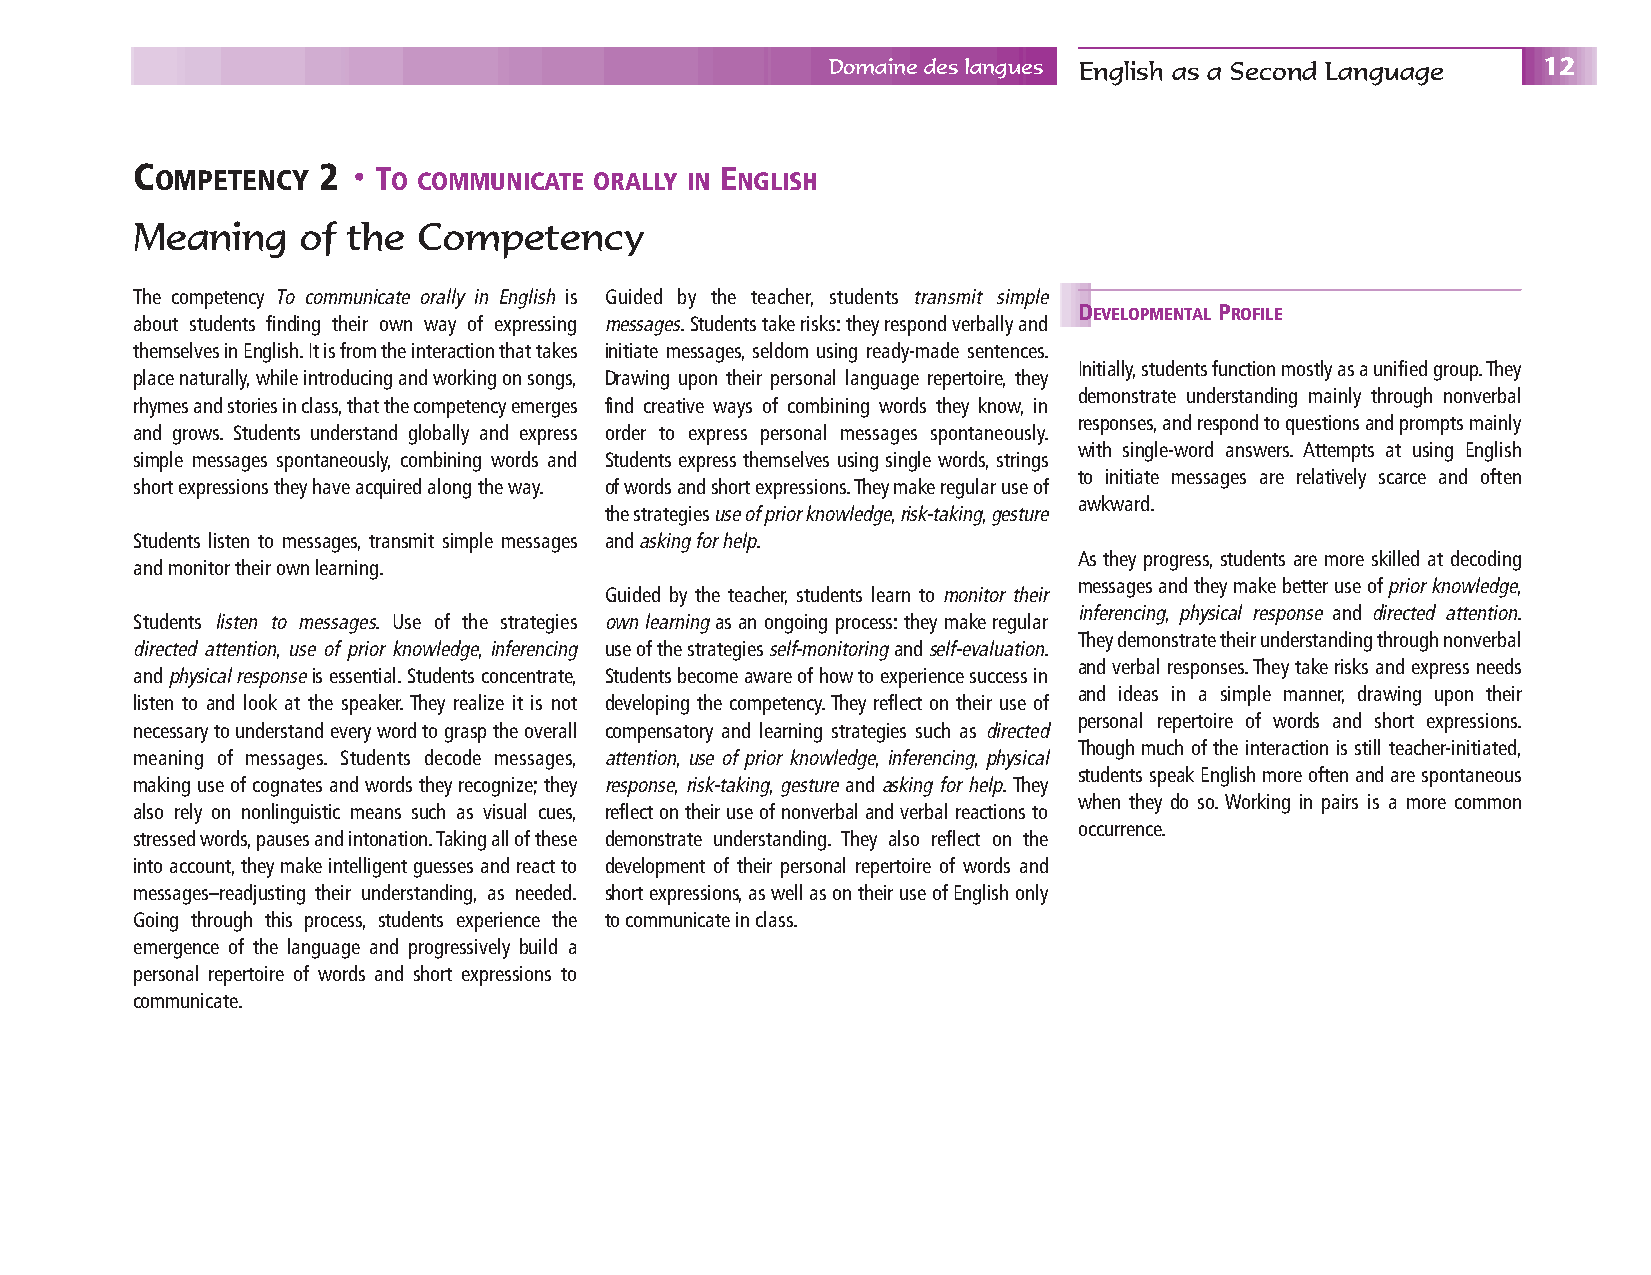
Domaine des langues English as a Second Language 12
 C OMPETENCY 2 • T O COMMUNICATE ORALLY IN E NGLISH
 Meaning    of the  Competency
 The competency To communicate orally in English is Guided by the teacher, students transmit simple
 DEVELOPMENTAL PROFILE
 about students finding their own way of expressing messages.Students take risks:they respond verbally and
 themselves in English.It is from the interaction that takes initiate messages, seldom using ready-made sentences.
 Initially,students function mostly as a unified group.They
 place naturally,while introducing and working on songs, Drawing upon their personal language repertoire, they
 demonstrate understanding mainly through nonverbal
 rhymes and stories in class,that the competency emerges find creative ways of combining words they know, in
 responses,and respond to questions and prompts mainly
 and grows. Students understand globally and express order to express personal messages spontaneously.
 with single-word answers. Attempts at using English
 simple messages spontaneously, combining words and Students express themselves using single words,strings
 to initiate messages are relatively scarce and often
 short expressions they have acquired along the way. of words and short expressions.They make regular use of
 awkward.
 the strategies use of prior knowledge,risk-taking,gesture
 Students listen to messages, transmit simple messages and asking for help.
 As they progress,students are more skilled at decoding
 and monitor their own learning.
 messages and they make better use of prior knowledge,
 Guided by the teacher, students learn to monitor their
 inferencing, physical response and directed attention.
 Students listen to messages. Use of the strategies own learningas an ongoing process:they make regular
 They demonstrate their understanding through nonverbal
 directed attention, use of prior knowledge, inferencing use of the strategies self-monitoringand self-evaluation.
 and verbal responses.They take risks and express needs
 and physicalresponseis essential.Students concentrate, Students become aware of how to experience success in
 and ideas in a simple manner, drawing upon their
 listen to and look at the speaker.They realize it is not developing the competency.They reflect on their use of
 personal repertoire of words and short expressions.
 necessary to understand every word to grasp the overall compensatory and learning strategies such as directed
 Though much of the interaction is still teacher-initiated,
 meaning of messages. Students decode messages, attention,useof prior knowledge,inferencing,physical
 students speak English more often and are spontaneous
 making use of cognates and words they recognize;they response,risk-taking,gestureand asking for help.They
 when they do so.Working in pairs is a more common
 also rely on nonlinguistic means such as visual cues, reflect on their use of nonverbal and verbal reactions to
 occurrence.
 stressed words,pauses and intonation.Taking all of these demonstrate understanding. They also reflect on the
 into account,they make intelligent guesses and react to development of their personal repertoire of words and
 messages–readjusting their understanding, as needed. short expressions,as well as on their use of English only
 Going through this process, students experience the to communicate in class.
 emergence of the language and progressively build a
 personal repertoire of words and short expressions to
 communicate.